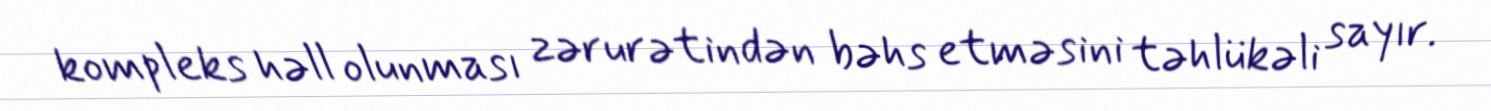
kompleks həll olunması zərurətindən bəhs etməsini təhlükəli sayır.